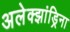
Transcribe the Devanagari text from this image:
अलेक्झांड्रिना